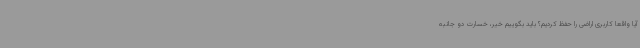
آیا واقعا کاربری اراضی را حفظ کردیم؟ باید بگوییم خیر، خسارت دو جانبه